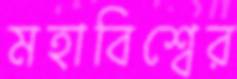
মহাবিশ্বের